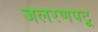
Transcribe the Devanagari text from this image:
जलरणपटू